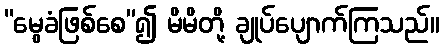
“မွေခံဖြစ်စေ”၍ မိမိတို့ ချုပ်ပျောက်ကြသည်။